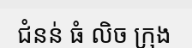
ជំនន់ ធំ លិច ក្រុង